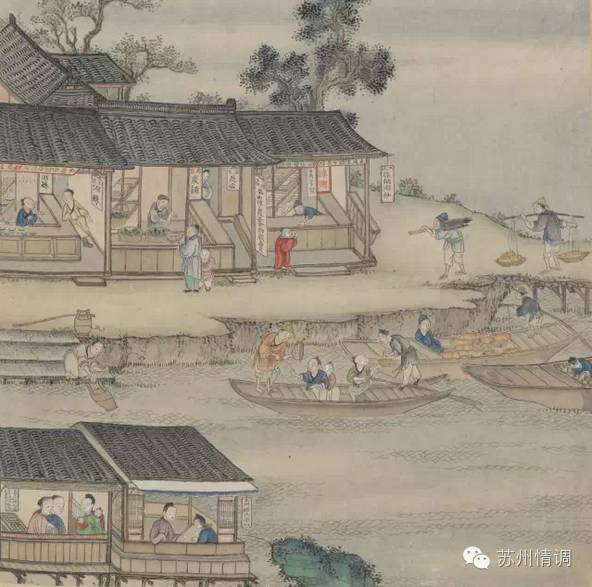
乌鹊倦栖，鱼龙惊起，星斗挂垂杨。